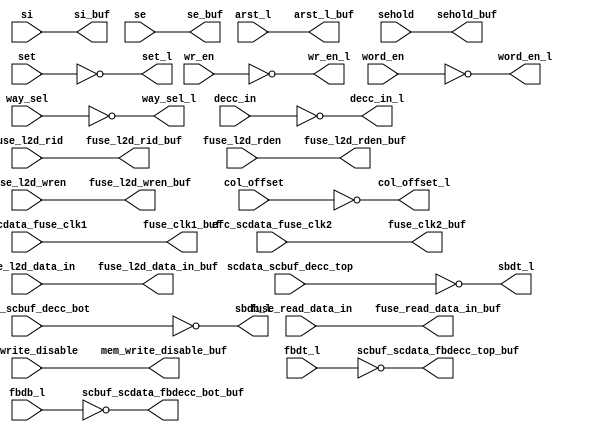
module bw_r_l2d_rep_bot (/*AUTOARG*/
   // Outputs
   fuse_l2d_rden_buf, fuse_l2d_wren_buf, si_buf, arst_l_buf, se_buf, 
   sehold_buf, fuse_l2d_rid_buf, fuse_read_data_in_buf, 
   fuse_l2d_data_in_buf, word_en_l, col_offset_l, set_l, wr_en_l, 
   way_sel_l, decc_in_l, scbuf_scdata_fbdecc_top_buf, 
   scbuf_scdata_fbdecc_bot_buf, sbdt_l, sbdb_l, fuse_clk1_buf, 
   fuse_clk2_buf, mem_write_disable_buf, 
   // Inputs
   fuse_l2d_rden, fuse_l2d_wren, si, arst_l, se, sehold, 
   fuse_l2d_rid, fuse_read_data_in, fuse_l2d_data_in, word_en, 
   col_offset, set, wr_en, way_sel, decc_in, fbdt_l, fbdb_l, 
   scdata_scbuf_decc_top, scdata_scbuf_decc_bot, 
   efc_scdata_fuse_clk1, efc_scdata_fuse_clk2, mem_write_disable
   );

   input           fuse_l2d_rden;
   input [5:0] 	   fuse_l2d_wren;
   input 	   si;
   input 	   arst_l;
   input 	   se;
   input 	   sehold;
   input [2:0] 	   fuse_l2d_rid;
   input 	   fuse_read_data_in;
   input 	   fuse_l2d_data_in;
   input [3:0] 	   word_en;
   input 	   col_offset;
   input [9:0] 	   set;
   input 	   wr_en;
   input [11:0]	   way_sel;
   input [155:0]   decc_in;
   input [155:0]   fbdt_l;
   input [155:0]   fbdb_l;
   input [155:0]   scdata_scbuf_decc_top;
   input [155:0]   scdata_scbuf_decc_bot;
   input 	   efc_scdata_fuse_clk1;
   input 	   efc_scdata_fuse_clk2;
   input 	   mem_write_disable;

   output 	   fuse_l2d_rden_buf;
   output [5:0]    fuse_l2d_wren_buf;
   output 	   si_buf;
   output 	   arst_l_buf;
   output 	   se_buf;
   output 	   sehold_buf;
   output [2:0]    fuse_l2d_rid_buf;
   output 	   fuse_read_data_in_buf;
   output 	   fuse_l2d_data_in_buf;
   output [3:0]    word_en_l;
   output 	   col_offset_l;
   output [9:0]    set_l;
   output 	   wr_en_l;
   output [11:0]   way_sel_l;
   output [155:0]  decc_in_l;
   output [155:0]  scbuf_scdata_fbdecc_top_buf;
   output [155:0]  scbuf_scdata_fbdecc_bot_buf;
   output [155:0]  sbdt_l;
   output [155:0]  sbdb_l;
   output 	   fuse_clk1_buf;
   output 	   fuse_clk2_buf;
   output 	   mem_write_disable_buf;
   
   ///////////////////////////////////////////////////////////////////////
   // Non-inverting Buffers
   ///////////////////////////////////////////////////////////////////////
   assign fuse_l2d_rden_buf = fuse_l2d_rden;
   assign fuse_l2d_wren_buf[5:0] = fuse_l2d_wren[5:0];
   assign si_buf = si;
   assign arst_l_buf = arst_l;
   assign se_buf = se;
   assign sehold_buf = sehold;
   assign fuse_l2d_rid_buf[2:0] = fuse_l2d_rid[2:0];
   assign fuse_read_data_in_buf = fuse_read_data_in;
   assign fuse_l2d_data_in_buf = fuse_l2d_data_in;
   assign fuse_clk1_buf = efc_scdata_fuse_clk1;
   assign fuse_clk2_buf = efc_scdata_fuse_clk2;
   assign mem_write_disable_buf = mem_write_disable;
   
   ///////////////////////////////////////////////////////////////////////
   // Inverting Buffers
   ///////////////////////////////////////////////////////////////////////
   assign word_en_l[3:0] = ~word_en[3:0];
   assign col_offset_l = ~col_offset;
   assign set_l[9:0] = ~set[9:0];
   assign wr_en_l = ~wr_en;
   assign way_sel_l = ~way_sel;
   assign decc_in_l[155:0] = ~decc_in[155:0];
   assign scbuf_scdata_fbdecc_top_buf[155:0] = ~fbdt_l[155:0];
   assign scbuf_scdata_fbdecc_bot_buf[155:0] = ~fbdb_l[155:0];
   assign sbdt_l[155:0] = ~scdata_scbuf_decc_top[155:0];
   assign sbdb_l[155:0] = ~scdata_scbuf_decc_bot[155:0];

endmodule